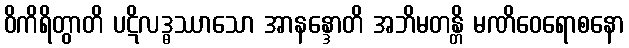
ဝိကိရိတွာတိ ပဋိလဒ္ဓဿာသော အာနန္ဒောတိ အဘိမတန္တိ မဏိဝေရောစနော